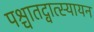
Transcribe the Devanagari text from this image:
पश्चातद्वात्स्यायन